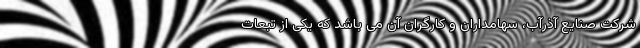
شرکت صنایع آذرآب، سهامداران و کارگران آن می ‌باشد که یکی از تبعات